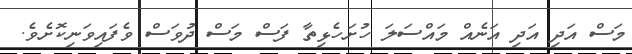
މަސް އަދި އަދި އަނެއް މައްސަލަ ހުށަހެޅިތާ ފަސް މަސް ދުވަސް ވެފައިވަނިކޮށެވެ.